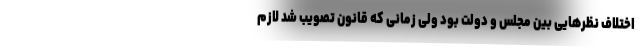
اختلاف نظرهایی بین مجلس و دولت بود ولی زمانی که قانون تصویب شد لازم